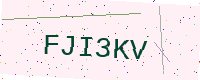
Text: FJI3KV